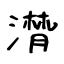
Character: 潸